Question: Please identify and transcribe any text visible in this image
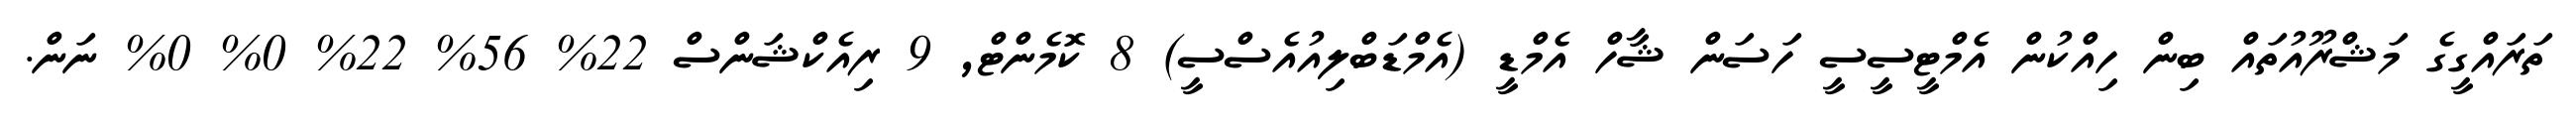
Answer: ތަރައްގީގެ މަޝްރޫއުތައް ބިން ހިއްކުން އެމްޓީސީސީ ހަސަން ޝާހް އެމްޑީ (އެމްޑަބްލިއުއެސްސީ) 8 ކޮމެންޓް, 9 ރިއެކްޝަންސް 22% 56% 22% 0% 0% ނަން.